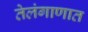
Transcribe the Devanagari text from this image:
तेलंगाणात